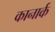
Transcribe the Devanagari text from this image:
कानार्क